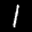
Label: 1